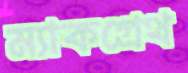
ম্যাকগ্রেথ